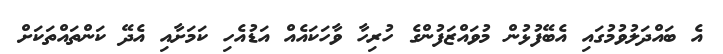
އެ ބައްދަލުވުމުގައި އެބޭފުޅުން މުވައްޒަފުންގެ ހުރިހާ ވާހަކައެއް އަޑުއެހި ކަމަށާއި އެދޭ ކަންތައްތަކަށް